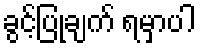
ခွင့်ပြုချက် ရမှာပါ